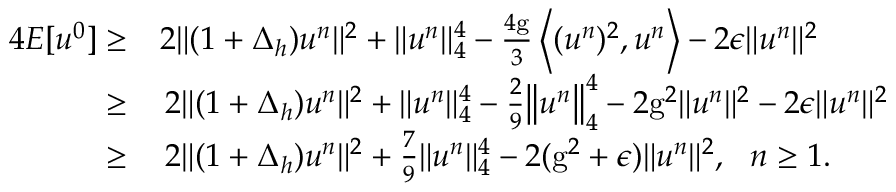
\begin{array} { r l } { 4 { E [ u ^ { 0 } ] } \geq } & { 2 \| ( 1 + \Delta _ { h } ) u ^ { n } \| ^ { 2 } + \| u ^ { n } \| _ { 4 } ^ { 4 } - \frac { 4 \mathrm { g } } { 3 } \left\langle ( u ^ { n } ) ^ { 2 } , u ^ { n } \right\rangle - 2 \epsilon \| u ^ { n } \| ^ { 2 } } \\ { \ge } & { \, 2 \| ( 1 + \Delta _ { h } ) u ^ { n } \| ^ { 2 } + \| u ^ { n } \| _ { 4 } ^ { 4 } - \frac { 2 } { 9 } \big \| u ^ { n } \big \| _ { 4 } ^ { 4 } - 2 \mathrm { g } ^ { 2 } \| u ^ { n } \| ^ { 2 } - 2 \epsilon \| u ^ { n } \| ^ { 2 } } \\ { \ge } & { \, 2 \| ( 1 + \Delta _ { h } ) u ^ { n } \| ^ { 2 } + \frac { 7 } { 9 } \| u ^ { n } \| _ { 4 } ^ { 4 } - 2 ( \mathrm { g } ^ { 2 } + \epsilon ) \| u ^ { n } \| ^ { 2 } , ~ ~ n \ge 1 . } \end{array}